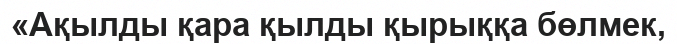
«Ақылды қара қылды қырыққа бөлмек,